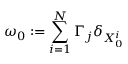
\omega _ { 0 } : = \sum _ { i = 1 } ^ { N } \Gamma _ { j } \delta _ { X _ { 0 } ^ { i } }